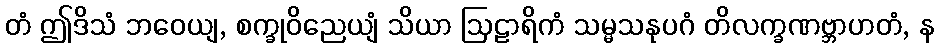
တံ ဤဒိသံ ဘဝေယျ, စက္ခုဝိညေယျံ သိယာ ဩဠာရိကံ သမ္မသနုပဂံ တိလက္ခဏဗ္ဘာဟတံ, န